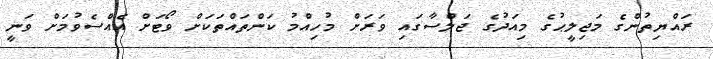
ރައްޔިތުންގެ މަޖިލީޙުގެ މިއަދުގެ ޖަލްސާގައި ވަރަށް މުހިއްމު ކަންތައްތަކަށް ވޯޓަށް އެއްސެވުމަށް ވަނީ